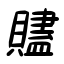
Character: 贐